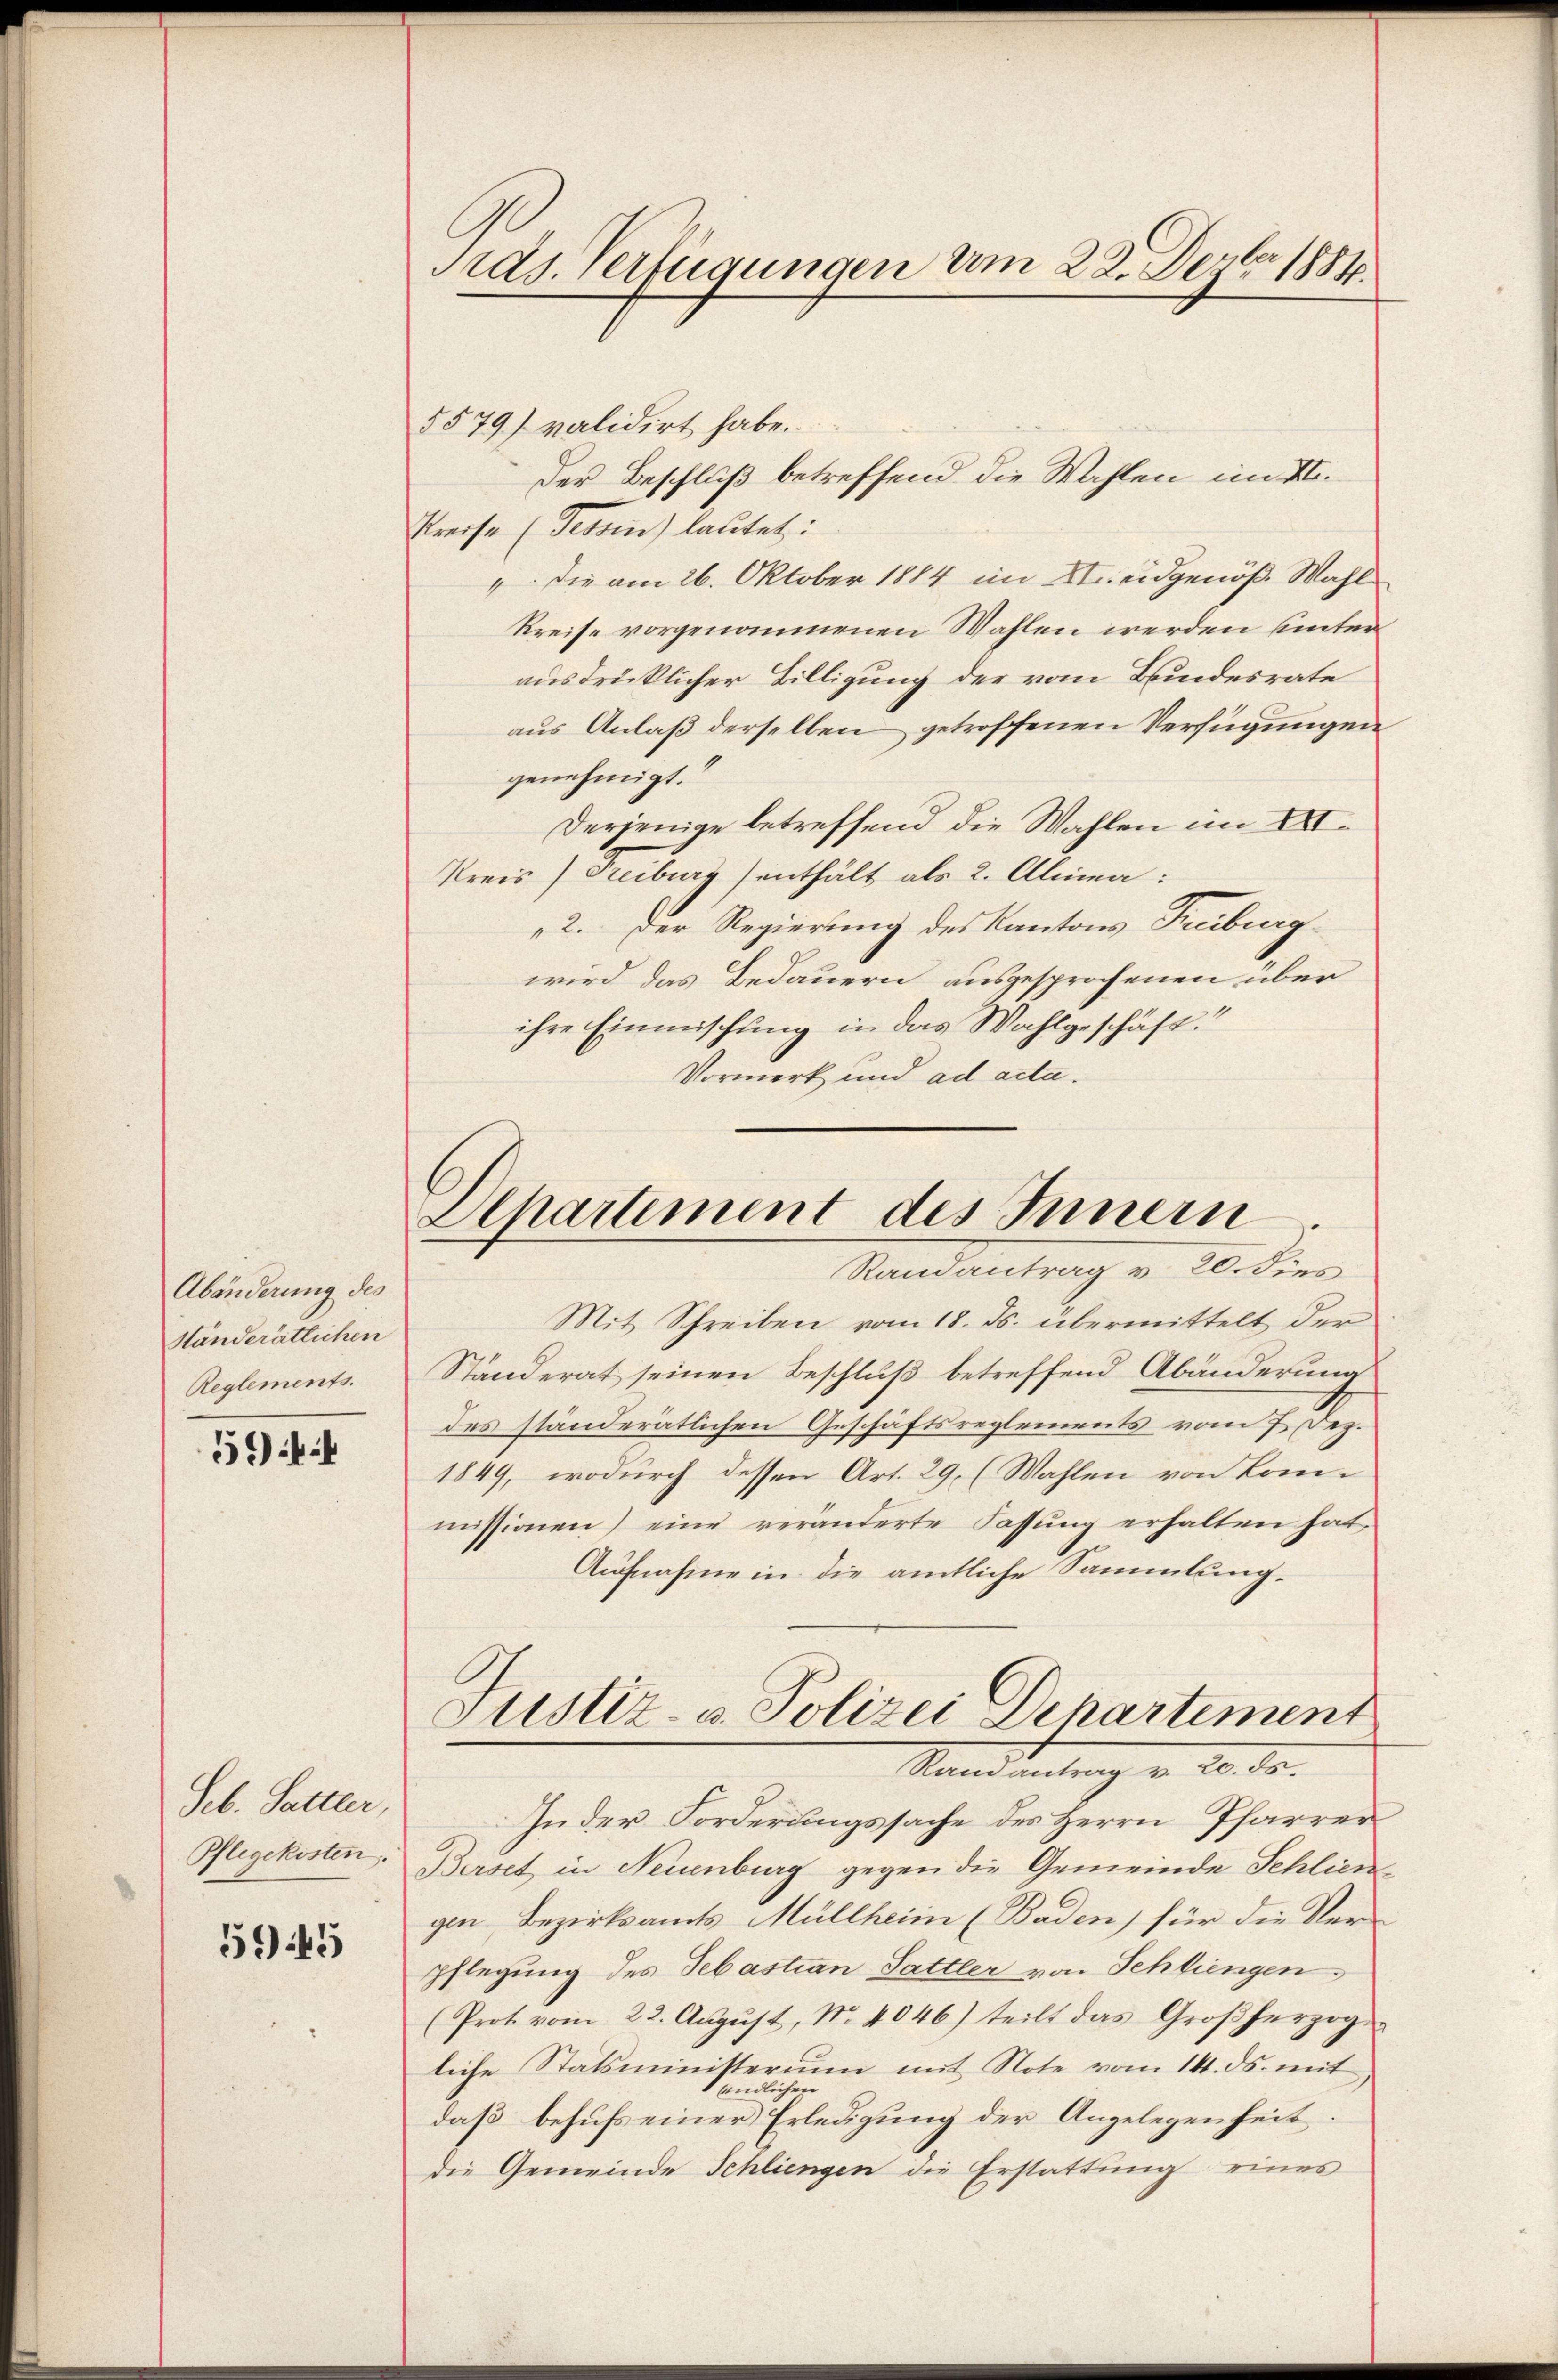
Abänderung des
ständerätlichen
Reglements.

5):

Seb. Sattler,

59445

Pras. Verfügungen um 22. Dezbr 1884.

5579) validirt habe.
Der Beschluß betreffend die Wahlen im II.
Preise (Tessin lautet:
" die am 26. Oktober 1884 im eidgenöß Wahl
Kreise vorgenommenen Wahlen werden unterausdrücklicher Billigung der vom Bundesrate
aus Anlaß derselben getroffenen Verfügungen
genehmigt.
Derjenige betreffend die Wahlen im II.
Kreis) Treiburg) enthält als 2. Alina:
2. Der Regierung des Kantons Treiburg
wird das Bedauern ausgesprochenen über
ihre Einmischung in das Wahlgeschäft.
Vormerk und ad acta.

Departement des Innern
Randantrag v. 20. dies

Mit Schreiben vom 18. ds. übermittelt der
Ständerat seinen Beschluß betreffend Abänderung
des ständerätlichen Geschäftsreglements vom 7. Dez.
1849, wodurch dessen Art. 29, (Wahlen von Kommissionen) eine veränderte Fassung erhalten hat,
Aufnahme in die amtliche Sammlung¬
In der Forderungssache des Herrn Pfarrer
Pflegekisten. Berset in Neuenburg gegen die Gemeinde Schlien
gen Bezirksamts Müllheim (Baden) für die Ver-
pflegung des Sebastian Sattler von Schliengen,
(Prot. vom 22. August, N. 4046) teilt das Großherzoge
liche Statsministerium mit Note vom 14. ds. mit
ändlichen
daß behufs einer Erledigung der Angelegenheit.
die Gemeinde Schliengen die Erstattung eines

Justiz- u. Polizei Dehartement
Standantung v. 20. dr.